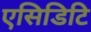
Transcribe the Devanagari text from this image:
एसिडिटि